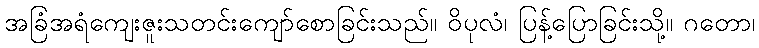
အခြံအရံကျေးဇူးသတင်းကျော်စောခြင်းသည်။ ဝိပုလံ၊ ပြန့်ပြောခြင်းသို့။ ဂတော၊